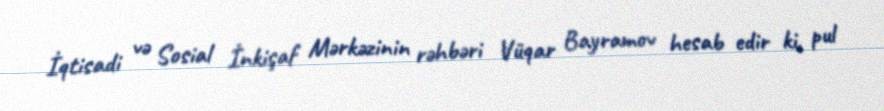
İqtisadi və Sosial İnkişaf Mərkəzinin rəhbəri Vüqar Bayramov hesab edir ki, pul